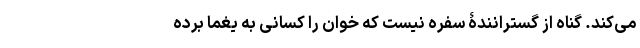
می‌کند. گناه از گسترانندۀ سفره نیست که خوان را کسانی به یغما برده